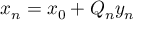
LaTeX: x _ { n } = x _ { 0 } + Q _ { n } y _ { n }